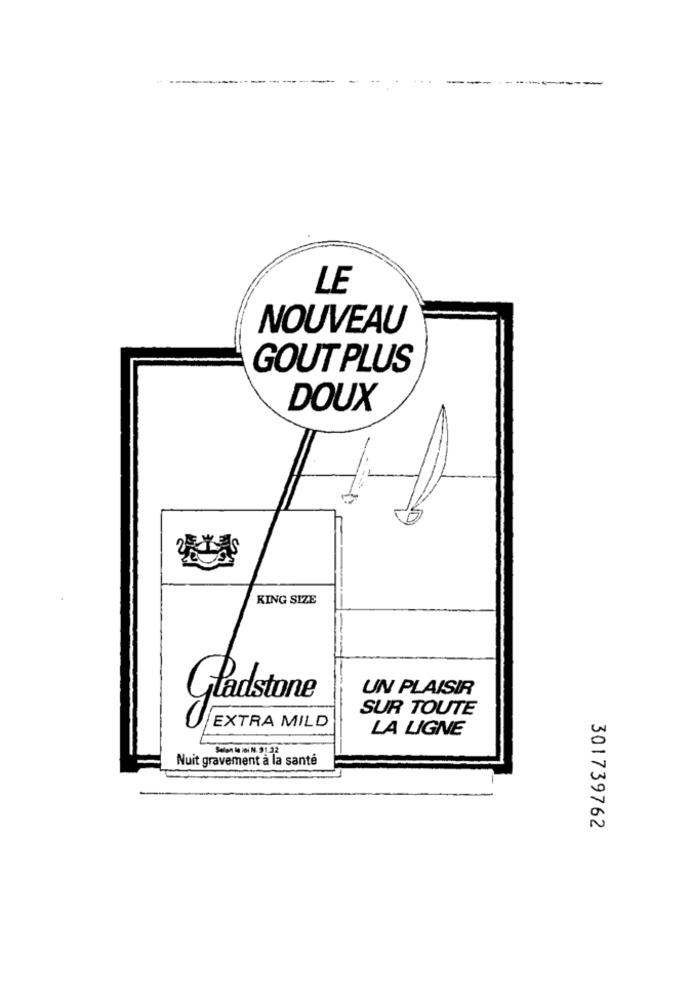
--
LE
NOUVEAU
GOUT PLUS
DOUX
KING SIZE
UN PLAISIR
Gladstone
SUR TOUTE
EXTRA MILD
LA LIGNE
Selon la loi N. 91.32
Nuit gravement à la santé
301739762